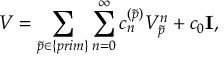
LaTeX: { \cal V } = \sum _ { \tilde { p } \in \{ p r i m \} } \sum _ { n = 0 } ^ { \infty } c _ { n } ^ { ( \tilde { p } ) } { \cal V } _ { \tilde { p } } ^ { n } + c _ { 0 } { { \bf I } } ,